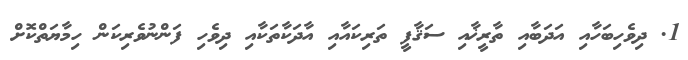
1. ދިވެހިބަހާއި އަދަބާއި ތާރީޚާއި ސަޤާފީ ތަރިކައާއި އާދަކާތަކާއި ދިވެހި ފަންނުވެރިކަން ހިމާޔަތްކޮށް